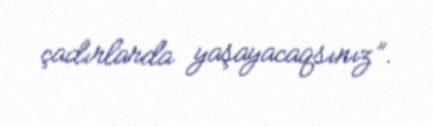
çadırlarda yaşayacaqsınız”.